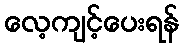
လေ့ကျင့်ပေးရန်